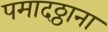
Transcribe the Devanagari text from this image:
पमादठ्ठाना